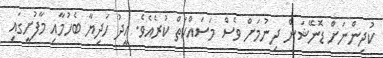
ކުދިންނަށް ޑޮނޭޝަން ދިނުމަށް ވެސް މަސައްކަތް ކުރެއެވެ. އީދު ހަދިޔާ ބެހުމާއި މާފުށީގައި